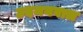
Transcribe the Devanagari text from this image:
उदमनवाल